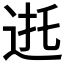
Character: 𰺸